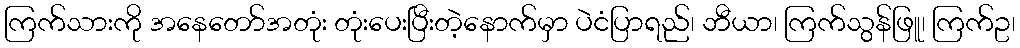
ကြက်သားကို အနေတော်အတုံး တုံးပေးပြီးတဲ့နောက်မှာ ပဲငံပြာရည်၊ ဘီယာ၊ ကြက်သွန်ဖြူ၊ ကြက်ဥ၊